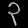
Digit: ၃